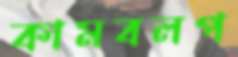
কামবলপ